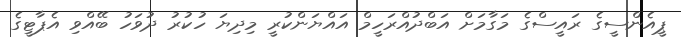
ޕީއެންސީގެ ރައީސްގެ މަގާމަށް އަބްދުއްރަހީމް އައްޔަންކުރީ މިދިޔަ ހުކުރު ދުވަހު ބޭއްވި އެޕާޓީގެ